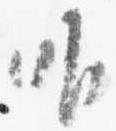
唯